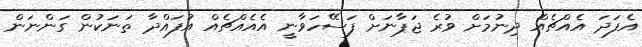
އެފަދަ އެއްޗެއް ދިނުމަށް ވުރެ ޖަޕާނަށް ފަސޭހަވާނީ އެއެއްޗެއް އުފައްދާ ތަނަކުން ގަންނަން